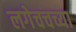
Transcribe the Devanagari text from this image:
लगेचचच्या